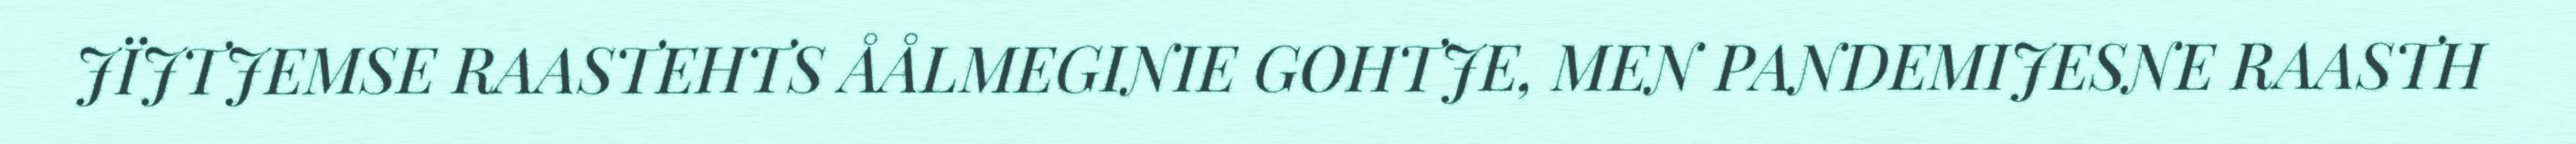
JÏJTJEMSE RAASTEHTS ÅÅLMEGINIE GOHTJE, MEN PANDEMIJESNE RAASTH